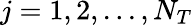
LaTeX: j=1,2,...,N_{T}